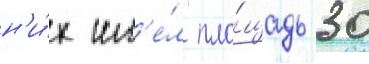
н'и́х им'е́л пло́щадь 30